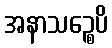
အနာသဉ္စေပိ